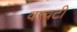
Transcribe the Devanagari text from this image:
वरवटी